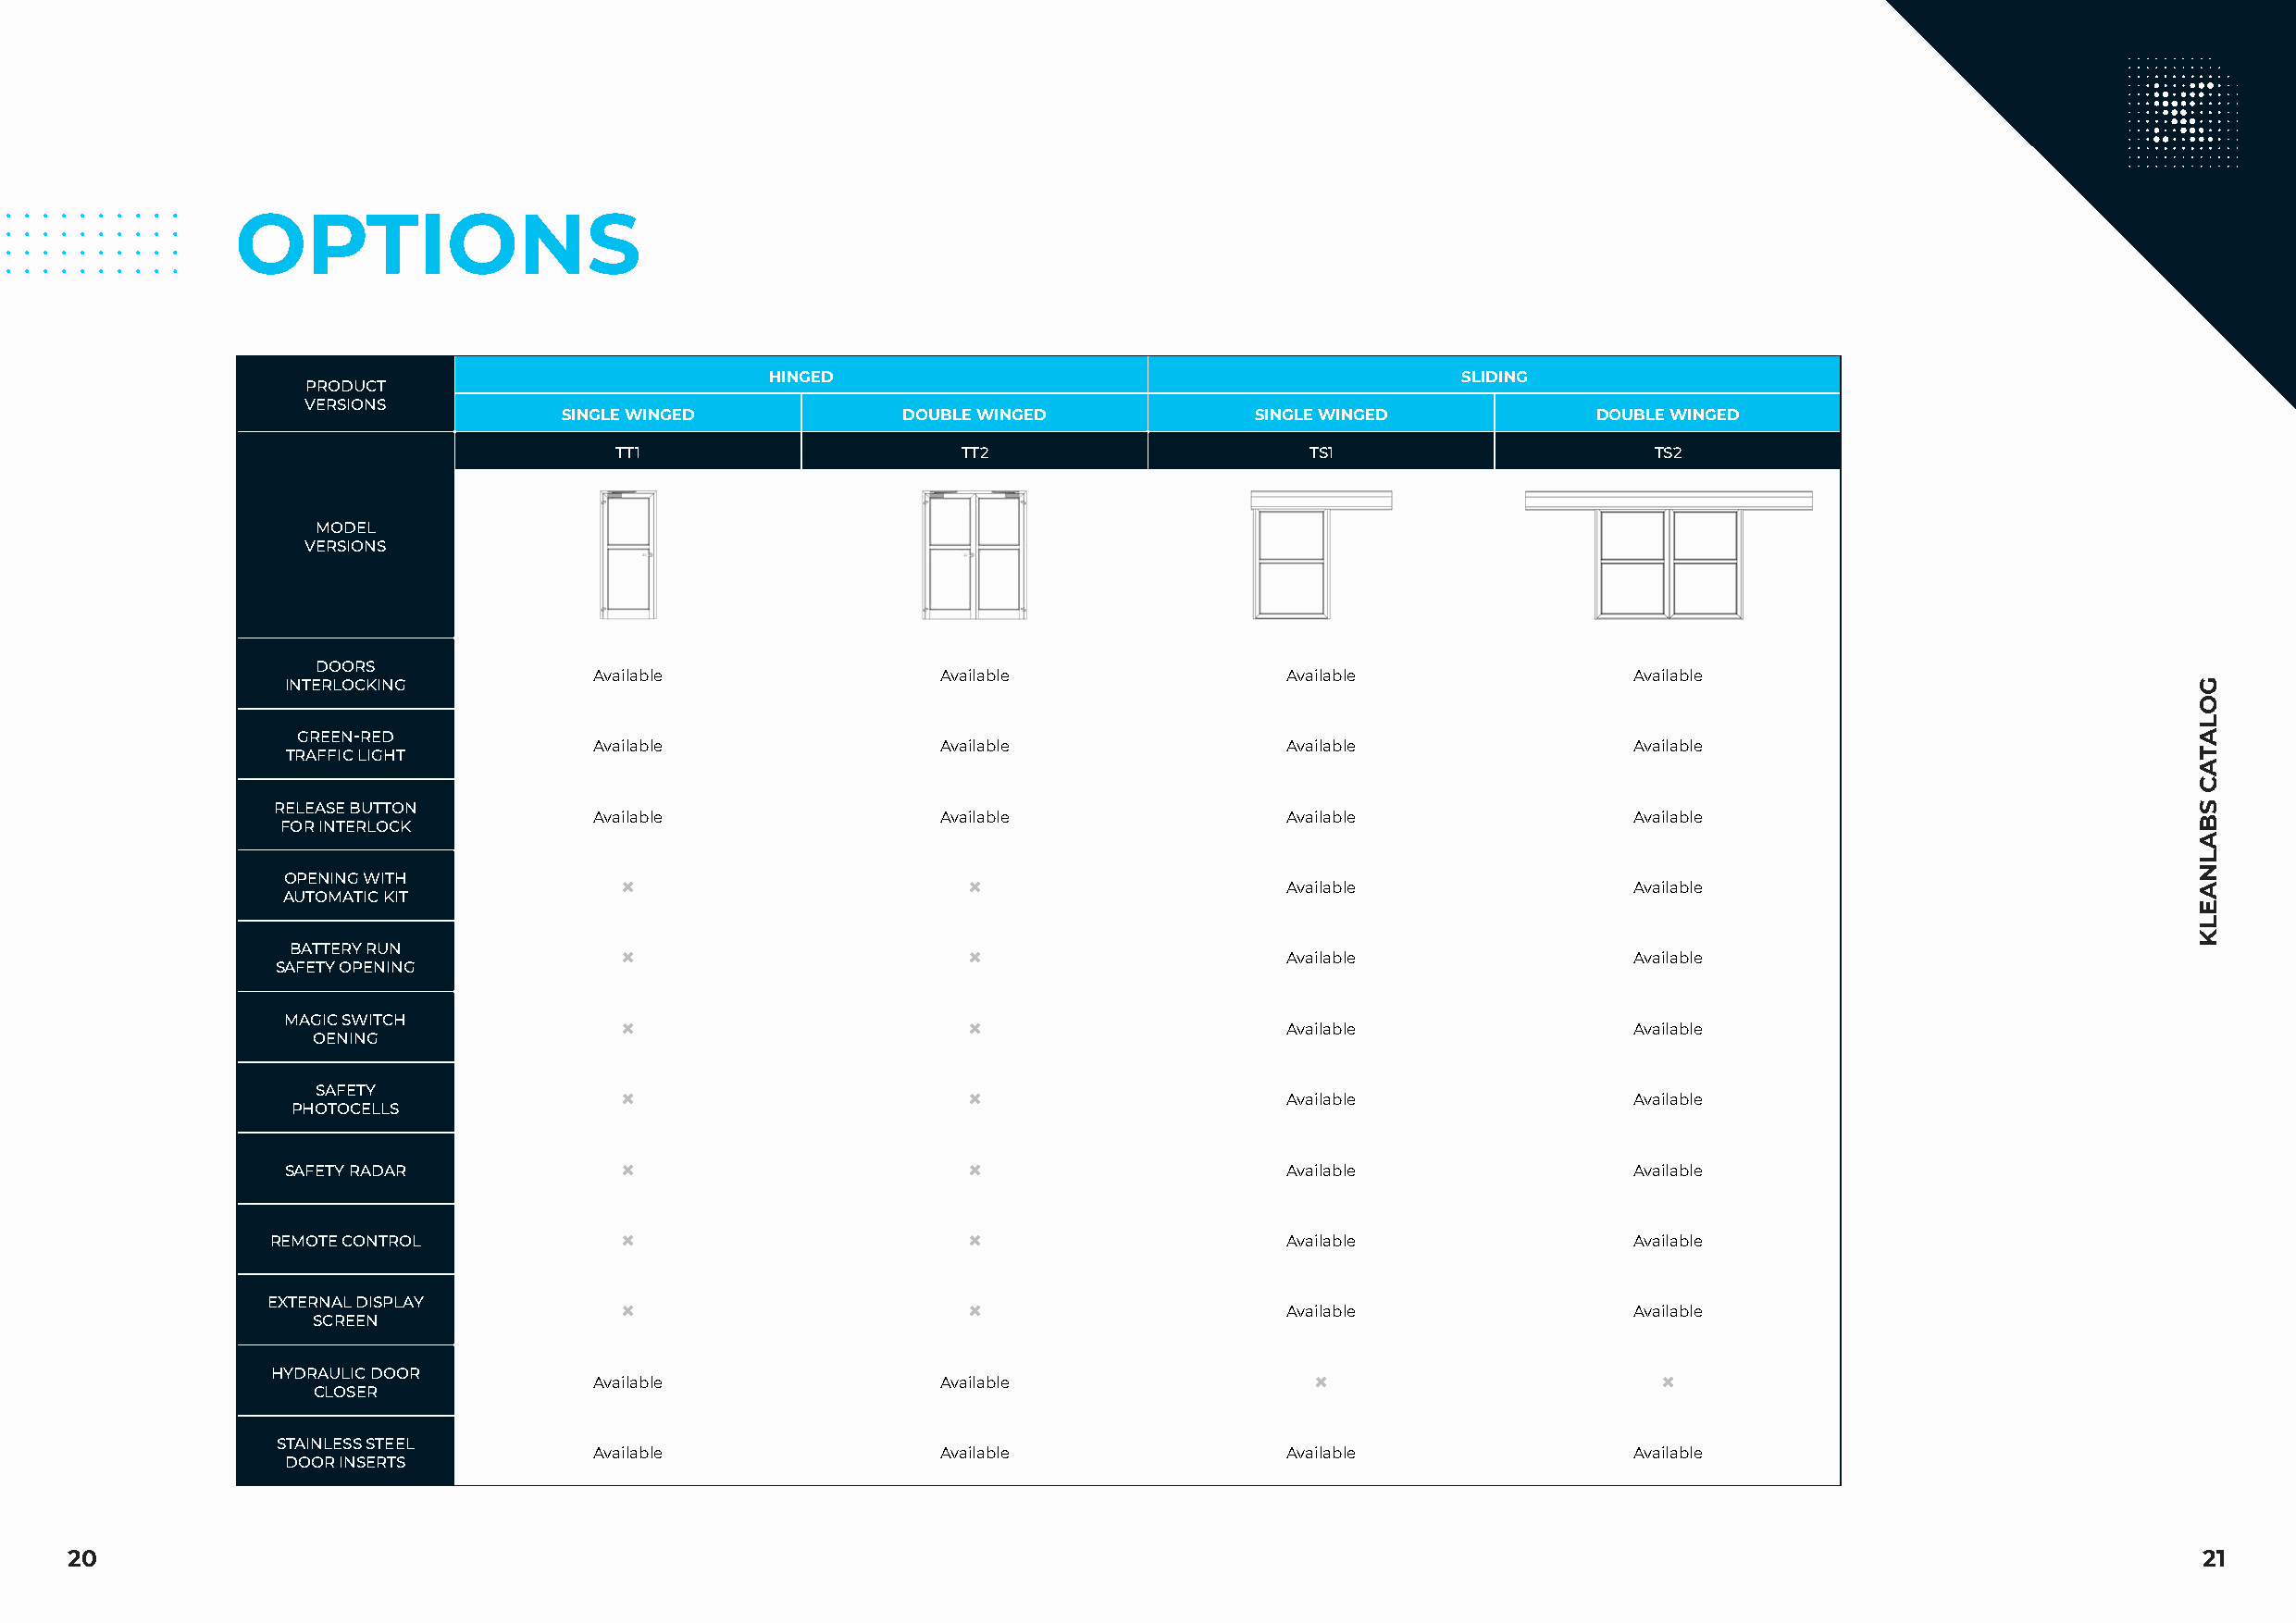
OPTIONS
 HINGED                                            SLIDING
 PRODUCT
 VERSIONS
 SINGLE WINGED            DOUBLE WINGED            SINGLE WINGED           DOUBLE WINGED
 TT1                      TT2                      TS1                     TS2
 MODEL
 VERSIONS
 DOORS
 Available                Available                Available                Available
 INTERLOCKING
 GREEN-RED
 Available                Available                Available                Available
 TRAFFIC LIGHT
 RELEASE BUTTON
 Available                Available                Available                Available
 FOR INTERLOCK
 OPENING WITH
                                               Available                Available
 AUTOMATIC KIT
 BATTERY RUN
                                               Available                Available
 SAFETY OPENING
 MAGIC SWITCH
                                               Available                Available
 OENING
 SAFETY
                                               Available                Available
 PHOTOCELLS
 SAFETY RADAR                                                          Available                Available
 REMOTE CONTROL                                                         Available                Available
 EXTERNAL DISPLAY
                                               Available                Available
 SCREEN
 HYDRAULIC DOOR
 Available                Available                                          
 CLOSER
 STAINLESS STEEL
 Available                Available                Available                Available
 DOOR INSERTS
 20                                                                                                                                                       21
 GOLATAC
 SBALNAELK